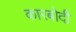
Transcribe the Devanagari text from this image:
कारबोदी